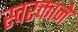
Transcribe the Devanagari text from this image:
स्‍वरक्ताने